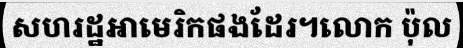
សហរដ្ឋអាមេរិកផងដែរ។លោក ប៉ុល